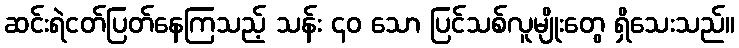
ဆင်းရဲငတ်ပြတ်နေကြသည့် သန်း ၄၀ သော ပြင်သစ်လူမျိုးတွေ ရှိသေးသည်။